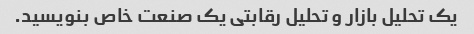
یک تحلیل بازار و تحلیل رقابتی یک صنعت خاص بنویسید.